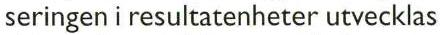
 seringen i resultatenheter utvecklas